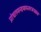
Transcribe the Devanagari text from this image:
प्रोद्यतमन्दमारुतरजःप्राप्ता